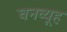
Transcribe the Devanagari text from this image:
घनव्यूह